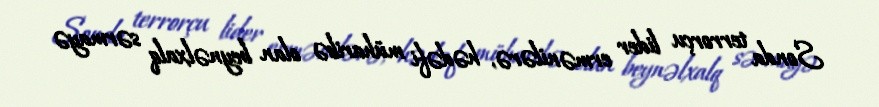
Sonda terrorçu lider ermənilərə, hədəfi müharibə olan beynəlxalq sərmayə